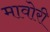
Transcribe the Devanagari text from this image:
मावोरी